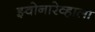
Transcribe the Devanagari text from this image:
झ्वोनारेव्हाला